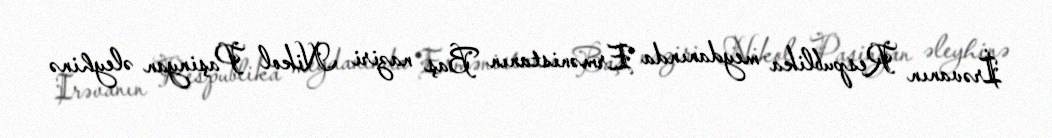
İrəvanın Respublika meydanında Ermənistanın Baş naziri Nikol Paşinyan əleyhinə